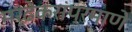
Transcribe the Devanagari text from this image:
मर्ढेकरांप्रमाणे